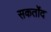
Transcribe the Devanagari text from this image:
सकर्तोंद